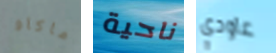
ماكاو ناحية عاودي